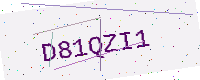
Text: D81QZI1